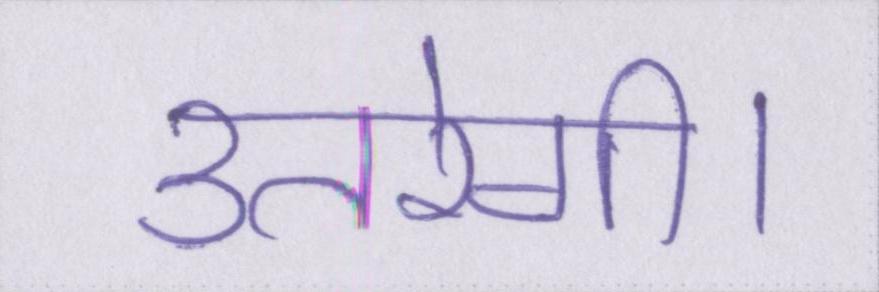
उतरेगी।